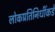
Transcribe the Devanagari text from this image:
लोकप्रतिनिधींकडे